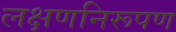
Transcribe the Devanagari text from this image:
लक्षणनिरूपण